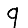
Digit: 9